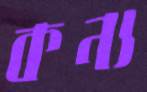
কন্য